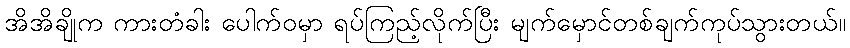
အိအိချိုက ကားတံခါး ပေါက်ဝမှာ ရပ်ကြည့်လိုက်ပြီး မျက်မှောင်တစ်ချက်ကုပ်သွားတယ်။